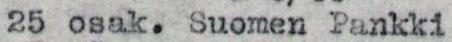
25 osak. Suomen Pankki